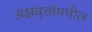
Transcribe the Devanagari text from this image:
अक्षवृत्तांमधील